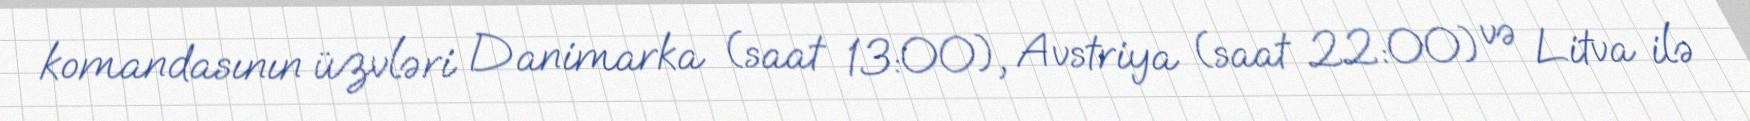
komandasının üzvləri Danimarka (saat 13:00), Avstriya (saat 22:00) və Litva ilə